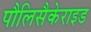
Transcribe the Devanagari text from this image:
पौलिसैकेराइड